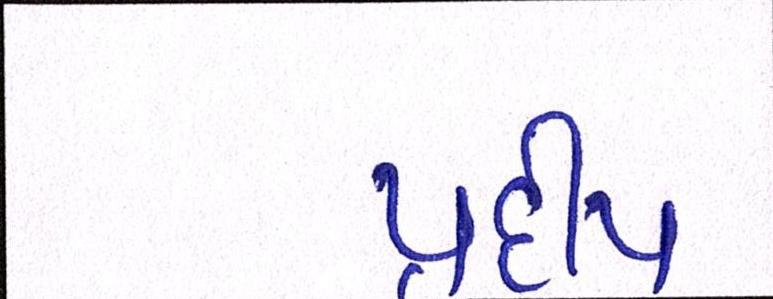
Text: પ્રદીપ